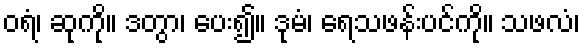
ဝရံ၊ ဆုကို။ ဒတွာ၊ ပေး၍။ ဒုမံ၊ ရေသဖန်းပင်ကို။ သဖလံ၊